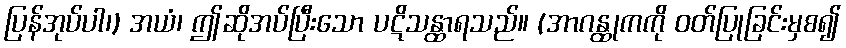
ပြန်အုပ်ပါ၊) အယံ၊ ဤဆိုအပ်ပြီးသော ပဋိသန္ထာရသည်။ (အာဂန္ထုကကို ဝတ်ပြုခြင်းမှစ၍